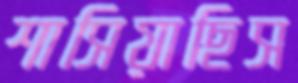
শাসিয়াছিস